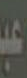
عبد